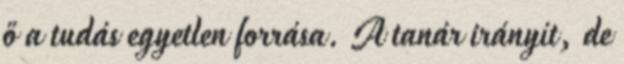
ő a tudás egyetlen forrása. A tanár irányít, de